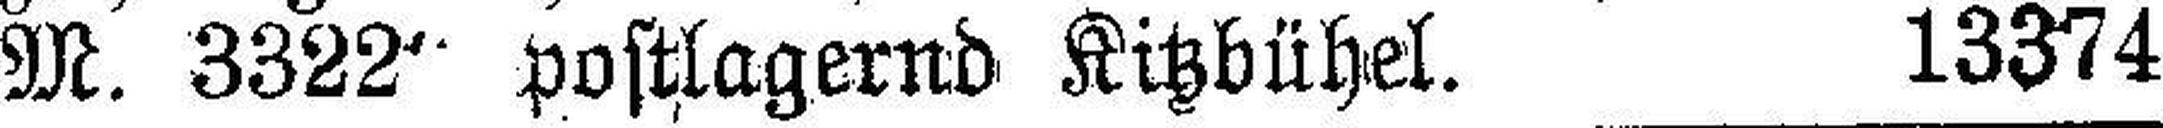
M. 3322“ postlagernd Kitzhübel. 13374